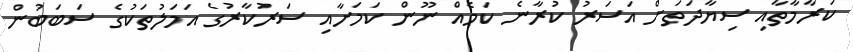
ކަރާމާތާއި ސިޔާދަތަށް އަސަރު ކުރާނެ ކަމެއް ނޫން ކަމަށާއި ސަރުކާރުގެ އަމަލުތަކުގެ ސަބަބުން